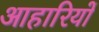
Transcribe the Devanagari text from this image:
आहारियों